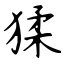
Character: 猱